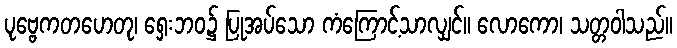
ပုဗ္ဗေကတဟေတု၊ ရှေးဘဝ၌ ပြုအပ်သော ကံကြောင့်သာလျှင်။ လောကော၊ သတ္တဝါသည်။